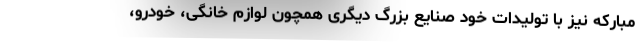
مبارکه نیز با تولیدات خود صنایع بزرگ دیگری همچون لوازم خانگی، خودرو،